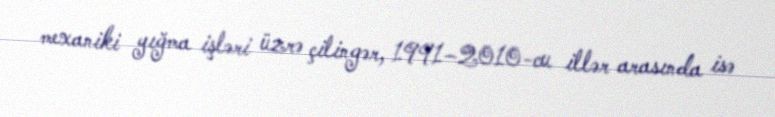
mexaniki yığma işləri üzrə çilingər, 1991–2010-cu illər arasında isə